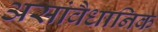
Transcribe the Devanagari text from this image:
असांवैधानिक